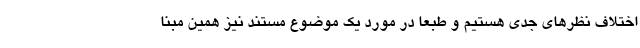
اختلاف نظرهای جدی هستیم و طبعا در مورد یک موضوع مستند نیز همین مبنا